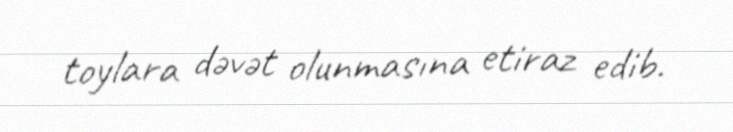
toylara dəvət olunmasına etiraz edib.